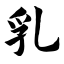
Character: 乳